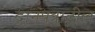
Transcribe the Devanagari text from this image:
दानपत्रातील